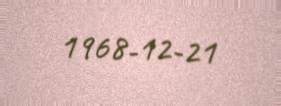
1968-12-21